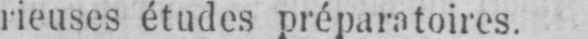
rieuses études préparatoires.